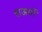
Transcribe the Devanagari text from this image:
राअमों